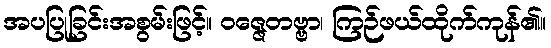
အပပြုခြင်းအစွမ်းဖြင့်။ ဝဇ္ဇေတဗ္ဗာ၊ ကြဉ်ဖယ်ထိုက်ကုန်၏။